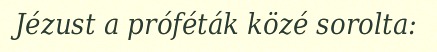
Jézust a próféták közé sorolta: